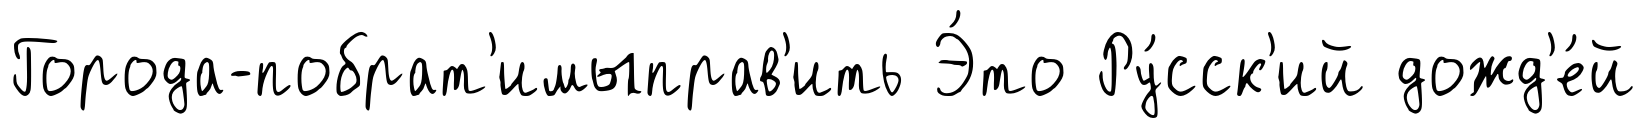
Города-побрат'имыправ'ить Э́то Ру́сск'ий дожд'е́й